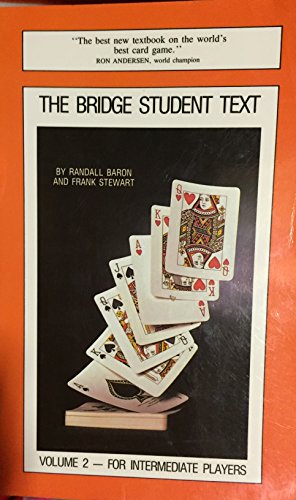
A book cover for The Bridge Student Text: Volume 2- For Intermediate Players; Frank; Baron, Randall Stewart; Humor & Entertainment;